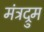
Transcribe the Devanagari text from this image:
मंत्रद्रुम